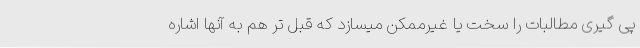
پی گیری مطالبات را سخت یا غیرممکن میسازد که قبل تر هم به آنها اشاره